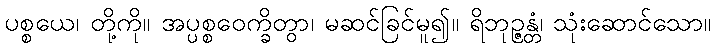
ပစ္စယေ၊ တို့ကို။ အပ္ပစ္စဝေက္ခိတွာ၊ မဆင်ခြင်မူ၍။ ရိဘုဉ္ဇန္တံ၊ သုံးဆောင်သော။